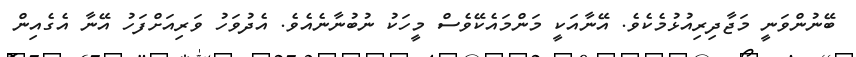
ބޭނުންވަނީ މަޖާދިރިއުޅުމެކެވެ. އޭނާއަކީ މަންމައެކޭވެސް މީހަކު ނުބުނާނެއެވެ. އެދުވަހު ވަރިއަށްފަހު އޭނާ އެގެއިން